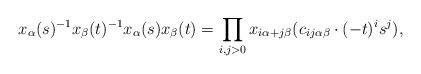
LaTeX: \begin{align*} x_\alpha(s)^{-1}x_\beta(t)^{-1}x_\alpha(s)x_\beta(t) = \prod_{i,j > 0} x_{i\alpha+j\beta}(c_{ij\alpha\beta} \cdot (-t)^is^j), \end{align*}